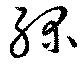
綠